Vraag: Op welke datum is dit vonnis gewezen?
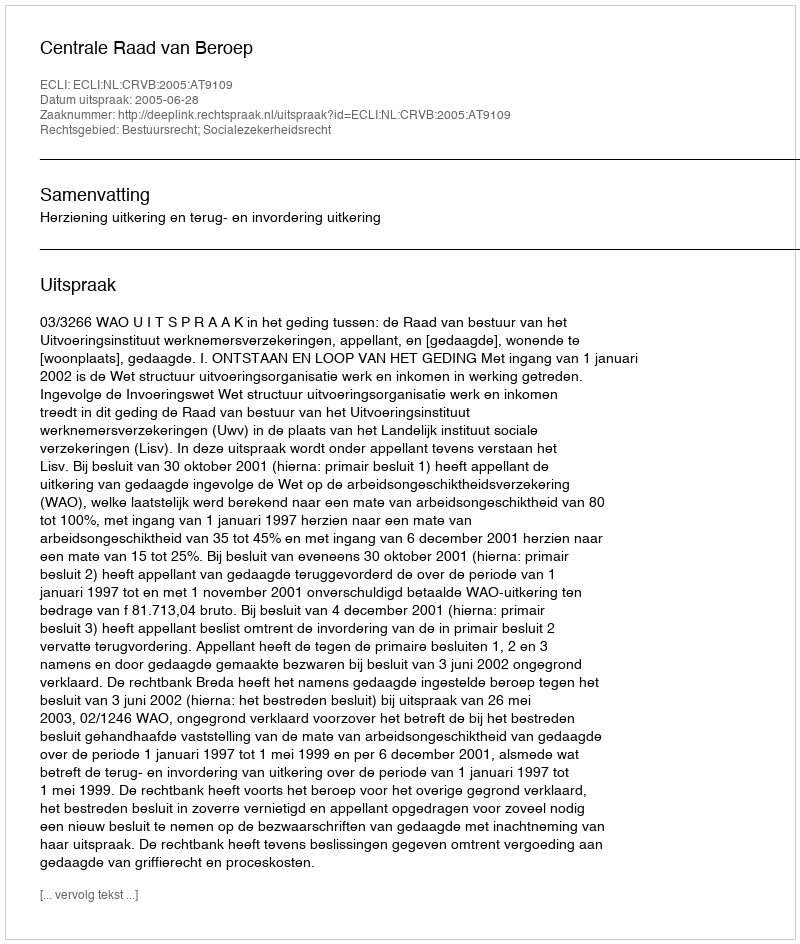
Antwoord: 2005-06-28